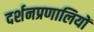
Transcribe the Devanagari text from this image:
दर्शनप्रणालियों